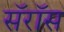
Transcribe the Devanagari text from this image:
सॅरॉस